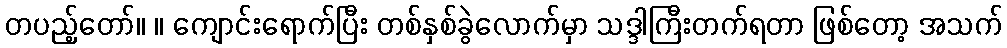
တပည့်တော်။ ။ ကျောင်းရောက်ပြီး တစ်နှစ်ခွဲလောက်မှာ သဒ္ဒါကြီးတက်ရတာ ဖြစ်တော့ အသက်